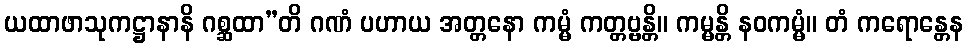
ယထာဖာသုကဋ္ဌာနာနိ ဂစ္ဆထာ”တိ ဂဏံ ပဟာယ အတ္တနော ကမ္မံ ကတ္တဗ္ဗန္တိ။ ကမ္မန္တိ နဝကမ္မံ။ တံ ကရောန္တေန